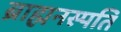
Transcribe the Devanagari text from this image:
ब्राह्मनस्पति